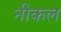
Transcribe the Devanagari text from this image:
नीकल